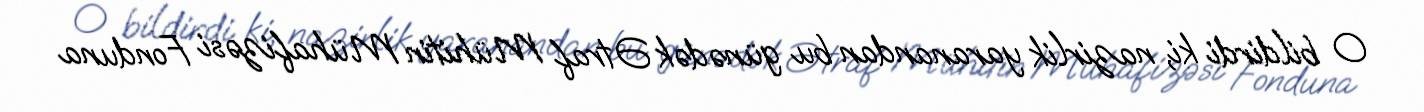
O bildirdi ki, nazirlik yaranandan bu günədək Ətraf Mühitin Mühafizəsi Fonduna